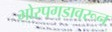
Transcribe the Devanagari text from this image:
भोरपगडावरून